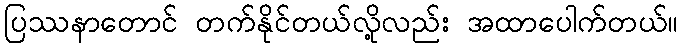
ပြဿနာတောင် တက်နိုင်တယ်လို့လည်း အထာပေါက်တယ်။